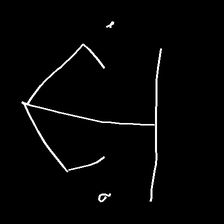
Glyph: earth